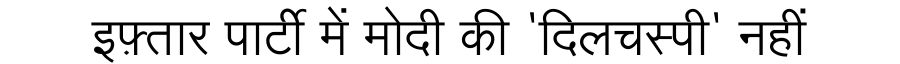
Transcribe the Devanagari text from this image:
इफ़्तार पार्टी में मोदी की 'दिलचस्पी' नहीं